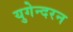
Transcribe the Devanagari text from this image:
युगेन्दरन